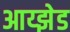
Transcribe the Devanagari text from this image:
आय्झेड